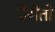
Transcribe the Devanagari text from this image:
प्रेसेतो